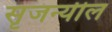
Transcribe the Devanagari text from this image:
सृजन्यील